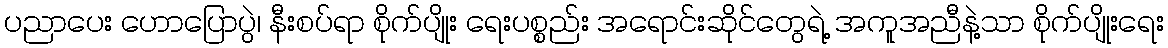
ပညာပေး ဟောပြောပွဲ၊ နီးစပ်ရာ စိုက်ပျိုး ရေးပစ္စည်း အရောင်းဆိုင်တွေရဲ့ အကူအညီနဲ့သာ စိုက်ပျိုးရေး